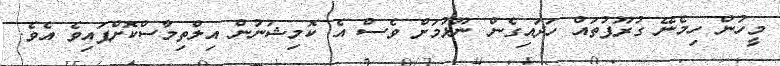
މީހުން ހިމެނޭ ގުރޫޕުތައް ހަދައިގެން ނޫޅުމަށް ވެސް އެ ކޮމިޝަނުން އިލްތިމާސްކޮށްފައިވެ އެވެ.